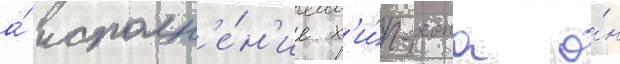
а́ исполн'е́н'ие х'и́п-хопа о́н